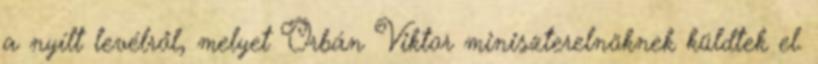
a nyílt levélről, melyet Orbán Viktor miniszterelnöknek küldtek el.